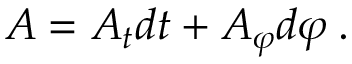
A = A _ { t } d t + A _ { \varphi } d { \varphi } \: .